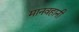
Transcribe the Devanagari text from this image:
मानवहानी